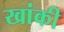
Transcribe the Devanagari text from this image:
खांकी